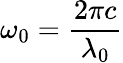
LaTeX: \omega_{0}=\frac{2\pi c}{\lambda_{0}}